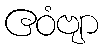
ဧဝံဗျာ